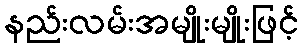
နည်းလမ်းအမျိုးမျိုးဖြင့်